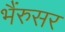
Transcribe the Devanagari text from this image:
भैंरुसर